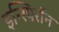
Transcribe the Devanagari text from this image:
इन्स्पिरॉन